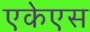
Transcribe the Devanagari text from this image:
एकेएस